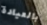
بالعيادة